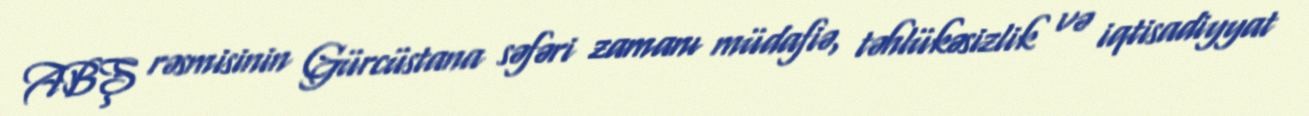
ABŞ rəsmisinin Gürcüstana səfəri zamanı müdafiə, təhlükəsizlik və iqtisadiyyat